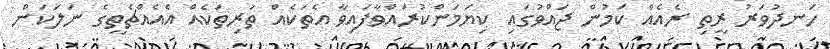
ހަނދުވަރު ރީތި ރެއެއް ކަމުން ޖައްވުގައި ކިޔަމަންކުރައްވާފައިވާ އެތަކެއް ތަރިތަކެއް އެއެއްޗެތީގެ ނަލަކަން